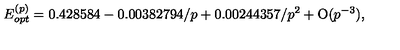
E _ { o p t } ^ { ( p ) } = 0 . 4 2 8 5 8 4 - 0 . 0 0 3 8 2 7 9 4 / p + 0 . 0 0 2 4 4 3 5 7 / p ^ { 2 } + \mathrm { O } ( p ^ { - 3 } ) ,